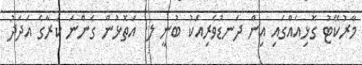
މާރުކޭޓު ގޮޅިއެއްގައި އިން ދަނޑުވެރިއަކު ބުނީ ލ. އަތޮޅުން ގެންނަ ކަރާގެ އަދަދު